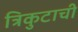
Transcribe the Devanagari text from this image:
त्रिकुटाची